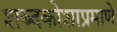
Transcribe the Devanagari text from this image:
शब्दकोशाप्रमाणे